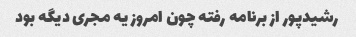
رشیدپور از برنامه رفته چون امروز یه مجری دیگه بود